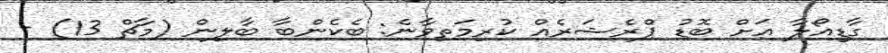
ގާޑިއޯލާ އަށް ބޮޑު ޕްރެޝަރެއް ކުރިމަތިވާނެ: ބެކެންބާ ބާލިން (މާޗް 13) -